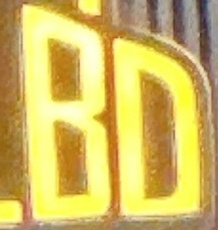
BD